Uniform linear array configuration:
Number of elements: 8
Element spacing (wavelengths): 0.25
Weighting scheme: binomial
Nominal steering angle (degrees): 15
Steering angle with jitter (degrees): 15.008
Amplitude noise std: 0.05
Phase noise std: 0.05

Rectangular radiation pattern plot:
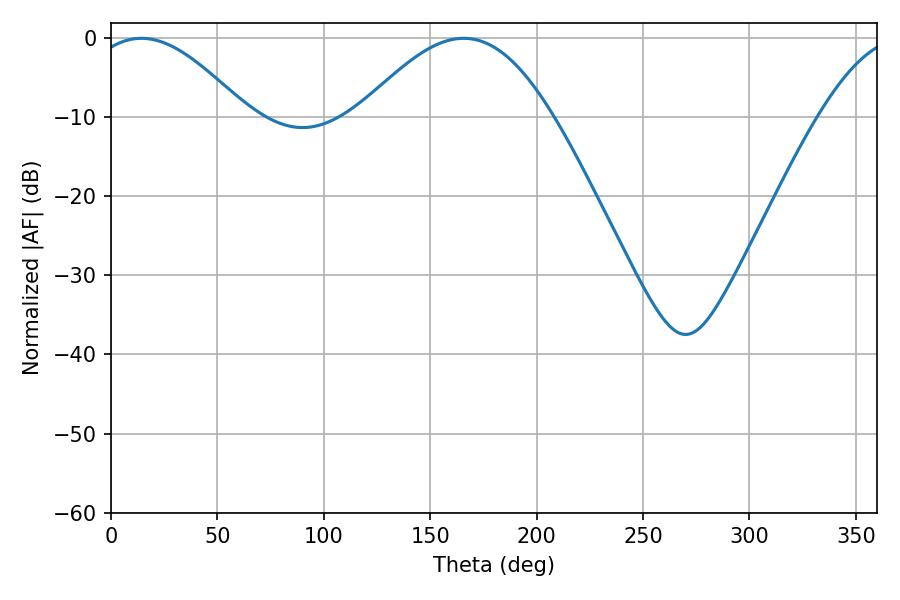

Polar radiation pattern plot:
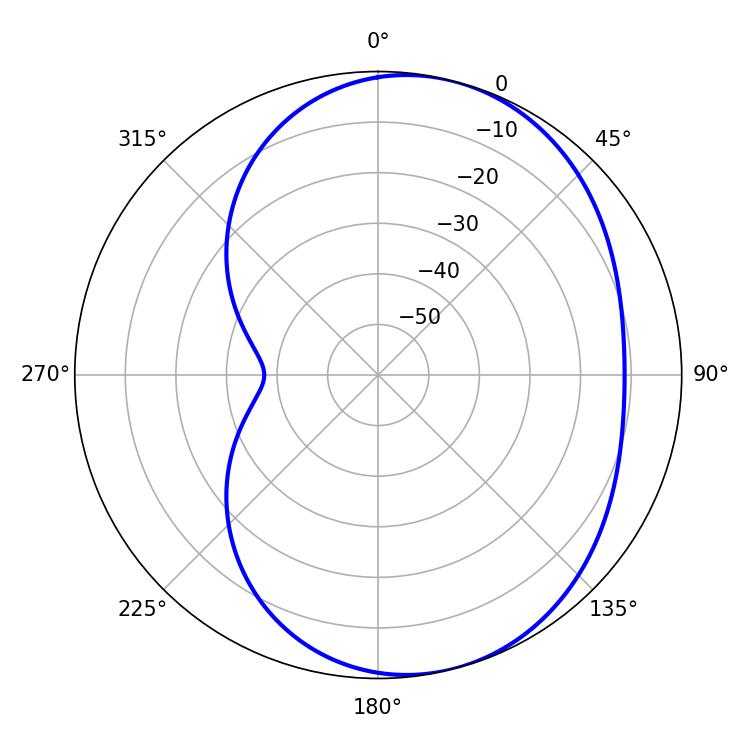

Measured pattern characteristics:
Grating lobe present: FALSE
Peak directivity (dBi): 5.567
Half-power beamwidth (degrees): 40.14
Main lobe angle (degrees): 14.22